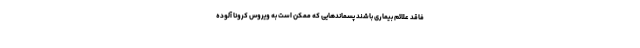
فاقد علائم بیماری باشند پسماندهایی که ممکن است به ویروس کرونا آلوده